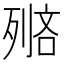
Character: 𠞺